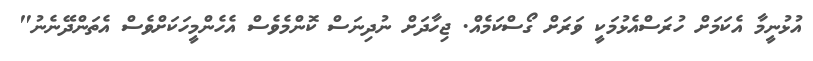
އުޅުނީމާ އެކަމަށް ހުރަސްއެޅުމަކީ ވަރަށް ގޯސްކަމެއް. ޖިހާދަށް ނުދިނަސް ކޮންމެވެސް އެހެންމީހަކަށްވެސް އެތަންދޭނެނު"